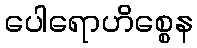
ပေါရောဟိစ္စေန